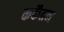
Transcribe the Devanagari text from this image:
कर्केंतन